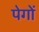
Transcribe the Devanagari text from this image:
पेगों